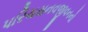
પરિચયનવજીવનનો